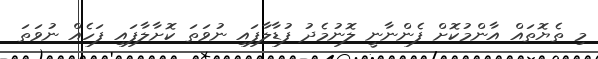
މި ތެޔޮތައް އާންމުކޮށް ފެންނާނީ ލޮނުމެދު ފުޑާލާފައި ނުވަތަ ކޮށާލާފައި ފަހެއް ނުވަތަ